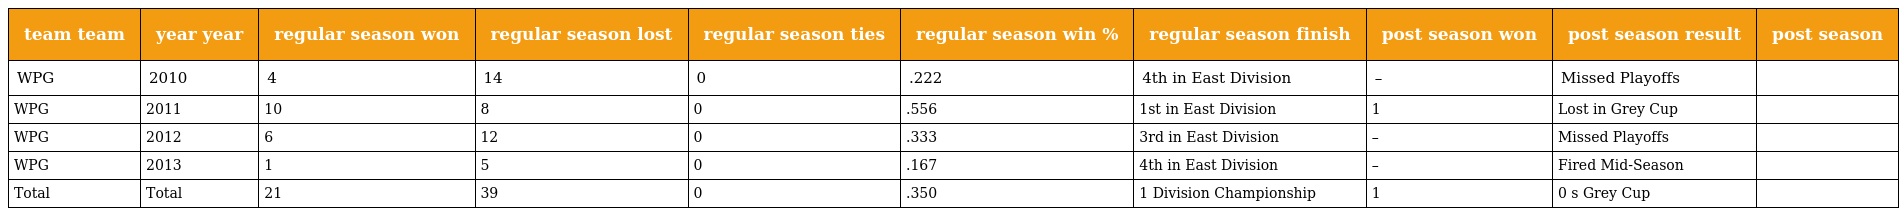
| team team | year year | regular season won | regular season lost | regular season ties | regular season win % | regular season finish | post season won | post season result | post season |
 | --- | --- | --- | --- | --- | --- | --- | --- | --- | --- |
 | WPG | 2010 | 4 | 14 | 0 | .222 | 4th in East Division | – | Missed Playoffs |  |
 | WPG | 2011 | 10 | 8 | 0 | .556 | 1st in East Division | 1 | Lost in Grey Cup |  |
 | WPG | 2012 | 6 | 12 | 0 | .333 | 3rd in East Division | – | Missed Playoffs |  |
 | WPG | 2013 | 1 | 5 | 0 | .167 | 4th in East Division | – | Fired Mid-Season |  |
 | Total | Total | 21 | 39 | 0 | .350 | 1 Division Championship | 1 | 0 s Grey Cup |  |